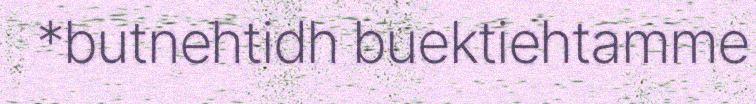
*butnehtidh buektiehtamme